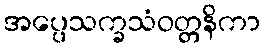
အပ္ပေသက္ခသံဝတ္တနိကာ